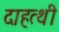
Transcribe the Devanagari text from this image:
दाहत्थी